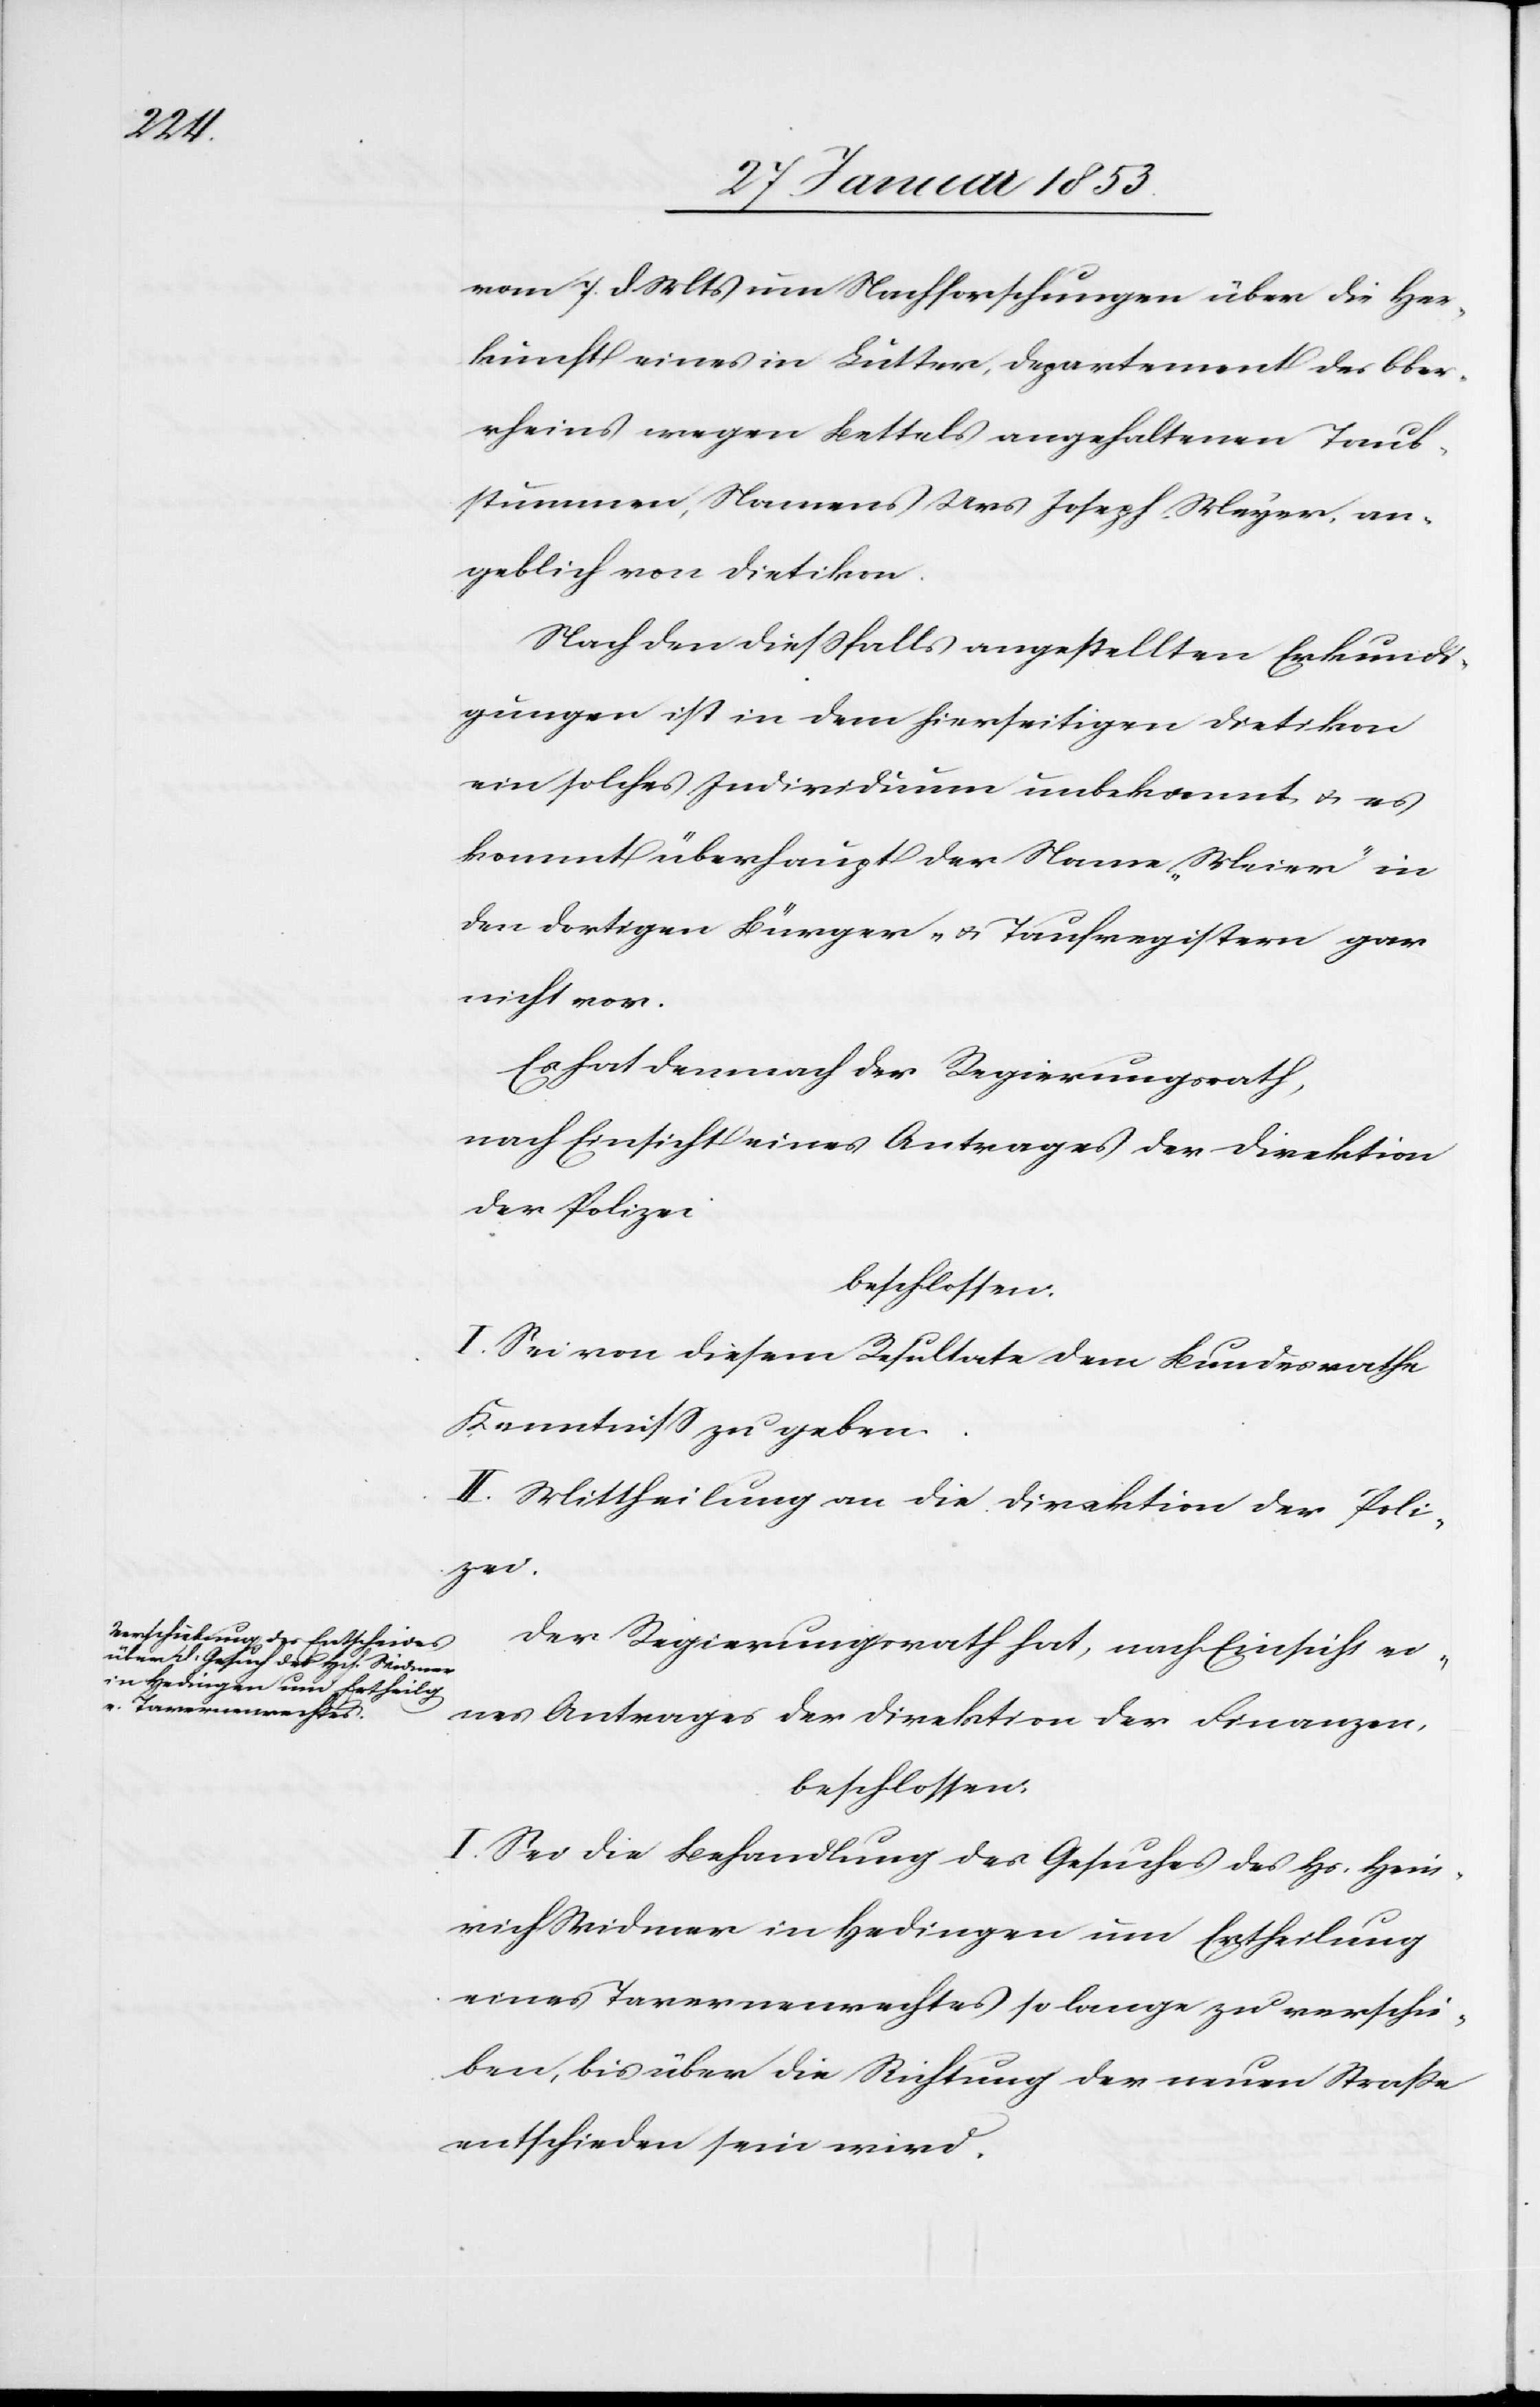
vom 7 d. Mts. um Nachforschungen über die Her¬
kunft eines in Lutter, Departement des Ober¬
rheins wegen Bettels angehaltenen Taub¬
stummen, Namens Urs Joseph Meyer, an¬
geblich von Dietikon.
Nach den dießfalls angestellten Erkundi¬
gungen ist in dem hierseitigen Dietikon
ein solches Individuum unbekannt u. es
kommt überhaupt der Name „Meier“ in
den dortigen Bürger- u. Taufsregistern gar
nicht vor.
Es hat demnach der Regierungsrath,
nach Einsicht eines Antrages der Direktion
der Polizei
beschlossen:
I. Sei von diesem Resultate dem Bundesrath
Kenntniß zu geben.
II. Mittheilung an die Direktion der Poli¬
zei.
Der Regierungsrath hat, nach Einsicht ei¬
nes Antrages der Direktion der Finanzen,
beschlossen:
I. Sei die Behandlung des Gesuches des Hs. Hein¬
rich Widmer in Hedingen um Ertheilung
eines Tavernenrechtes so lange zu verschie¬
ben, bis über die Richtung der neuen Straße
entschieden sein wird.